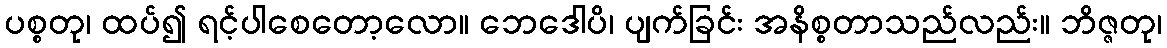
ပစ္စတု၊ ထပ်၍ ရင့်ပါစေတော့လော။ ဘေဒေါပိ၊ ပျက်ခြင်း အနိစ္စတာသည်လည်း။ ဘိဇ္ဇတု၊